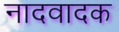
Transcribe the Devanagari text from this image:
नादवादक